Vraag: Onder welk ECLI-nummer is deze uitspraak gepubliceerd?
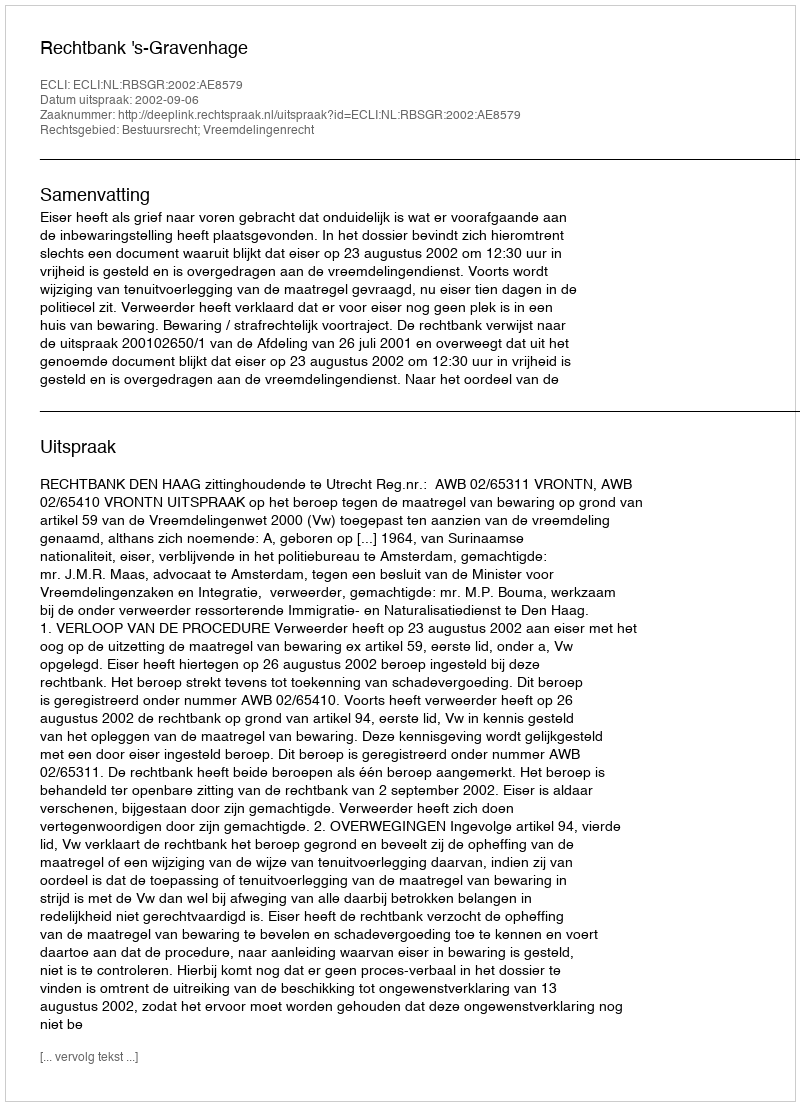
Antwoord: ECLI:NL:RBSGR:2002:AE8579